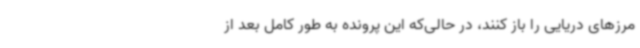
مرزهای دریایی را باز کنند، در حالی‌که این پرونده به طور کامل بعد از